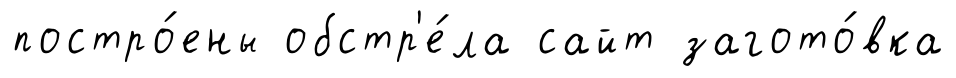
постро́ены обстр'е́ла сайт загото́вка